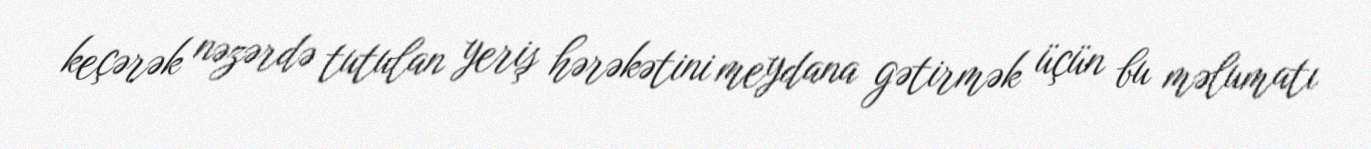
keçərək nəzərdə tutulan yeriş hərəkətini meydana gətirmək üçün bu məlumatı